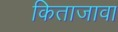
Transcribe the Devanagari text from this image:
किताजावा